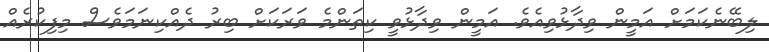
ލިބޭނެކަމަށް އަމީން ވިދާޅުވިއެވެ. އަމީން ވިދާޅުވީ ކިތަންމެ ވަރަކަށް ބިރު ދެއްކިނަމަވެސް މިފިކުރެއް